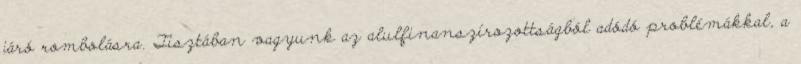
járó rombolásra. Tisztában vagyunk az alulfinanszírozottságból adódó problémákkal, a